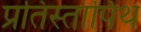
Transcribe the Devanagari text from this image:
प्रतिस्तापिथ